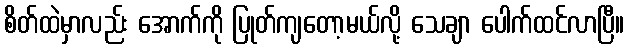
စိတ်ထဲမှာလည်း အောက်ကို ပြုတ်ကျတော့မယ်လို့ သေချာ ပေါက်ထင်လာပြီ။